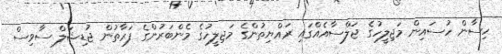
ހިސާން ހުސައިން މަޖިލީހުގެ ޖަލްސާއެއްގައި ރައްޔިތުންގެ މަޖިލީހުގެ މެންބަރުންގެ ފަރާތުން ޖުޑިޝަލް ސާވިސް